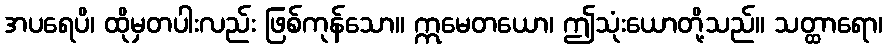
အပရေပိ၊ ထိုမှတပါးလည်း ဖြစ်ကုန်သော။ ဣမေတယော၊ ဤသုံးယောတို့သည်။ သတ္ထာရော၊